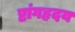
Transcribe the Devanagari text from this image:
ष्टांगहृदय